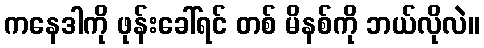
ကနေဒါကို ဖုန်းခေါ်ရင် တစ် မိနစ်ကို ဘယ်လိုလဲ။